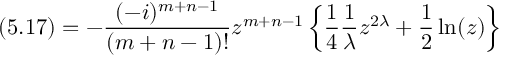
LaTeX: ( 5 . 1 7 ) = - \frac { ( - i ) ^ { m + n - 1 } } { ( m + n - 1 ) ! } z ^ { m + n - 1 } \left\{ \frac { 1 } { 4 } \frac { 1 } { \lambda } z ^ { 2 \lambda } + \frac { 1 } { 2 } \ln ( z ) \right\}